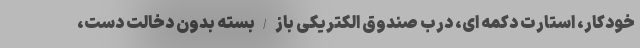
خودکار، استارت دکمه ای، درب صندوق الکتریکی باز/بسته بدون دخالت دست،